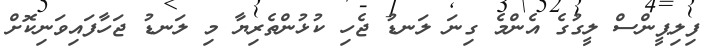
ފިލިޕީންސް ލީގުގެ އެންމެ ގިނަ ލަނޑު ޖެހި ކުޅުންތެރިޔާ މި ލަނޑު ޖަހާފައިވަނިކޮށް